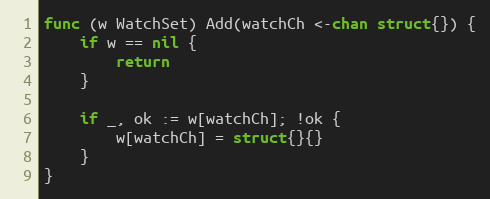
Language: Go
func (w WatchSet) Add(watchCh <-chan struct{}) {
	if w == nil {
		return
	}

	if _, ok := w[watchCh]; !ok {
		w[watchCh] = struct{}{}
	}
}